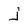
Character: j